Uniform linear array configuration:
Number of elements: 8
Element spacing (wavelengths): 1
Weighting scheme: hamming
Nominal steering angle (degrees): -15
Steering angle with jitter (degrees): -13.128
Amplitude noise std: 0.05
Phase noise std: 0.05

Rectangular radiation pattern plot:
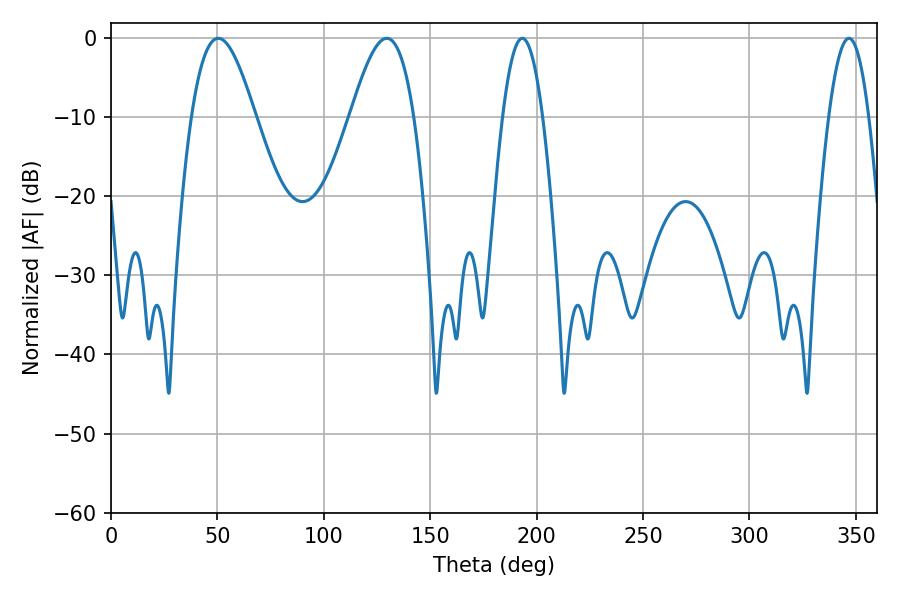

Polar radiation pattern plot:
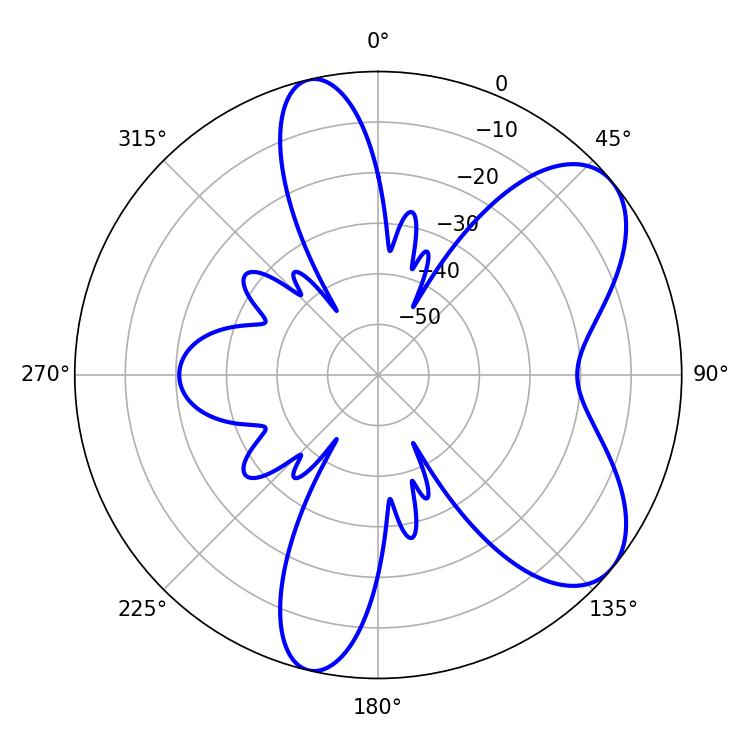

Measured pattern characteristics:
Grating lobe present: TRUE
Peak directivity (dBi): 7.045
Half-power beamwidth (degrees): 16.2
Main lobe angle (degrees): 50.4